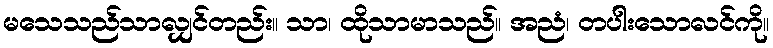
မသေသည်သာလျှင်တည်း။ သာ၊ ထိုသာမာသည်။ အညံ၊ တပါးသောလင်ကို။